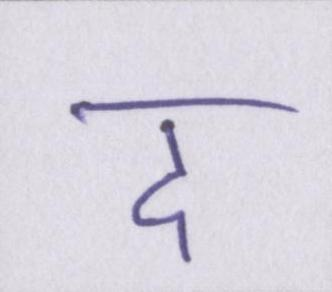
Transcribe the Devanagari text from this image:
द